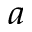
^ { a }